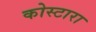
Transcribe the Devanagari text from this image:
कोस्‍टारा